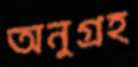
অনুগ্রহ